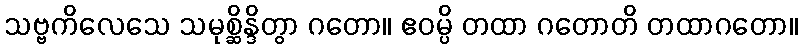
သဗ္ဗကိလေသေ သမုစ္ဆိန္ဒိတွာ ဂတော။ ဧဝမ္ပိ တထာ ဂတောတိ တထာဂတော။